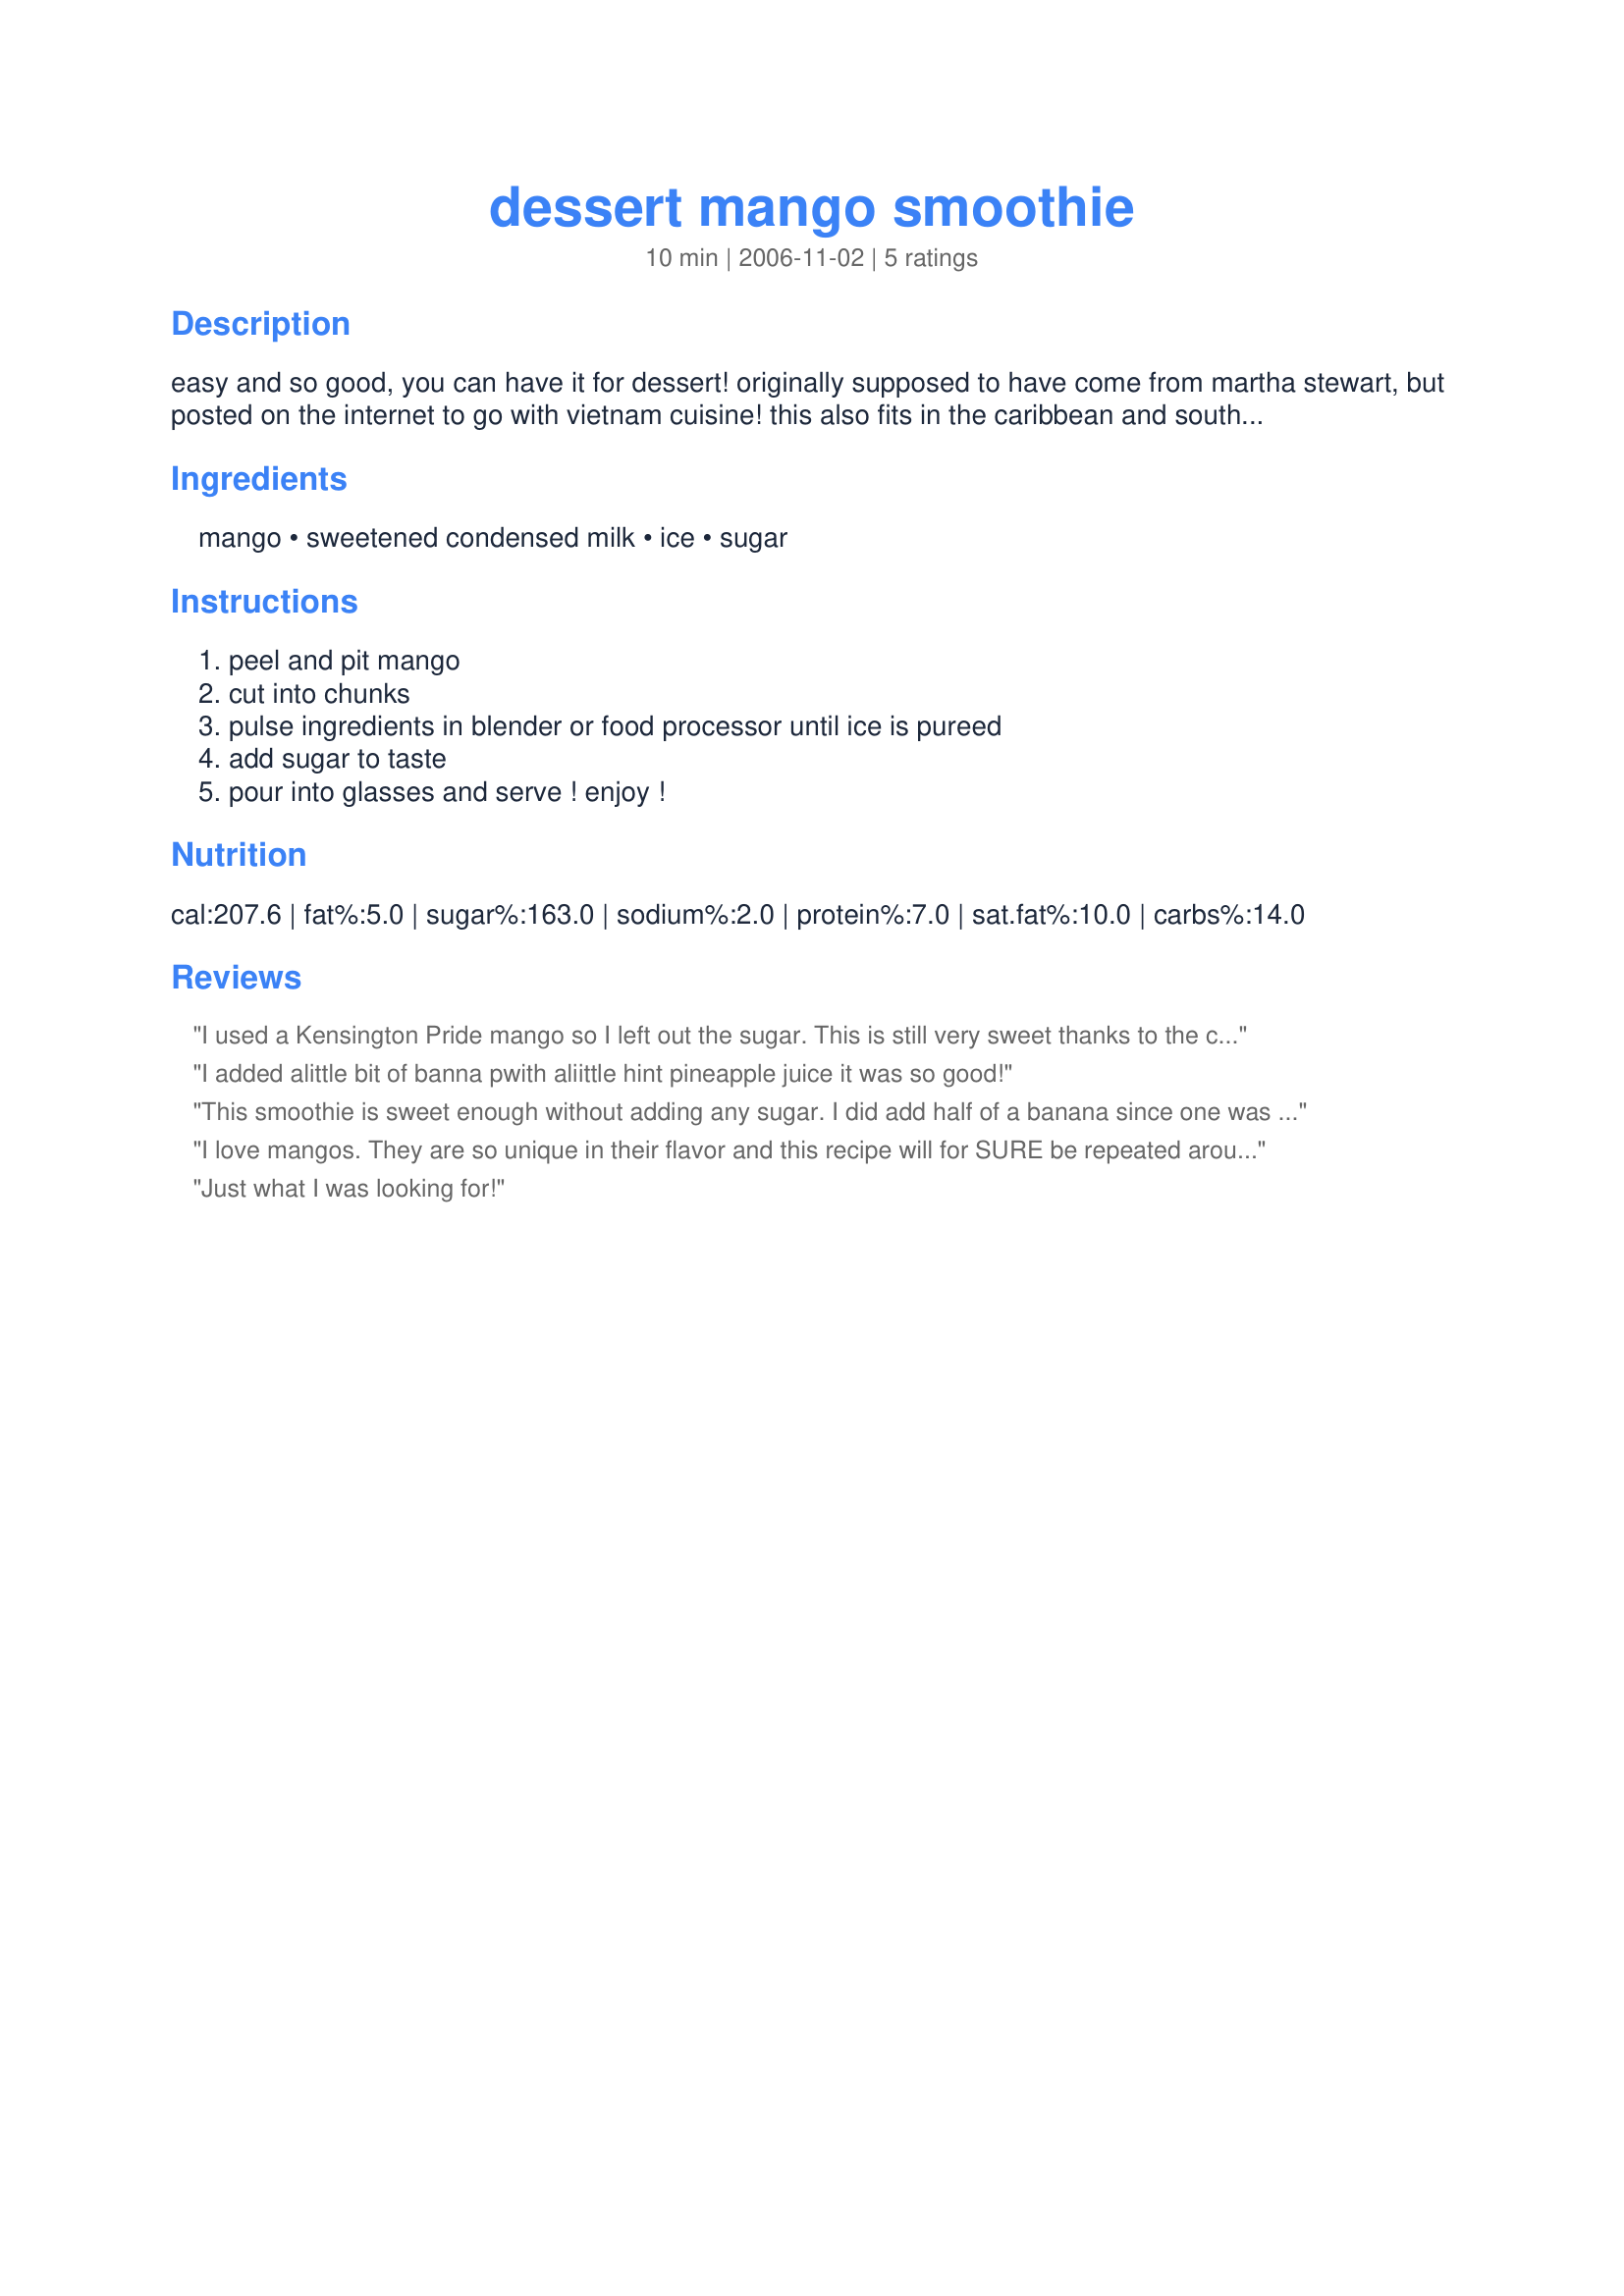
dessert mango smoothie
Preparation time: 10 minutes

easy and so good, you can have it for dessert! originally supposed to have come from martha stewart, but posted on the internet to go with vietnam cuisine! this also fits in the caribbean and southern catagories!

Ingredients:
mango, sweetened condensed milk, ice, sugar

Steps:
peel and pit mango, cut into chunks, pulse ingredients in blender or food processor until ice is pureed, add sugar to taste, pour into glasses and serve ! enjoy !

Reviews:
I used a Kensington Pride mango so I left out the sugar. This is still very sweet thanks to the condensed milk. I doubled the recipe and ended up drinking the lot myself.
I added alittle bit of banna pwith aliittle hint pineapple juice it was so good!
This smoothie is sweet enough without adding any sugar. I did add half of a banana since one was laying around. Very Yummy! Made for Photo Tag!
I love mangos. They are so unique in their flavor and this recipe will for SURE be repeated around my house, especially when those mangos are on sale. I know it says 2 servings, but hey, if you're serving me, better make more than that because those 2 are MINE! This was probably a bit of a no-no because of the sweetened milk, but I figured I deserved a treat with my nutritious Banana Hotdog that I really didn't feel coffee would do justice. YUMMY YUMMY YUMMY, Sharon...keep on with the fruity stuff...you know I love it!
Just what I was looking for!
